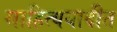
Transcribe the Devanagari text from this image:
साहित्ययादीत